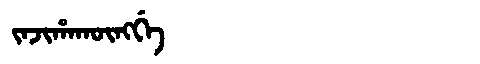
Manchu: ᠵᠠᠵᡳᡥᠠᡴᡡᠩᡤᡝ
Romanization: JAJIHAKŪNGGE